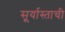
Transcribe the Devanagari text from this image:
सू्र्यास्ताची